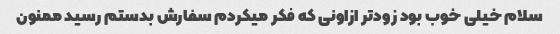
سلام خیلی خوب بود زودتر ازاونی که فکر میکردم سفارش بدستم رسید ممنون